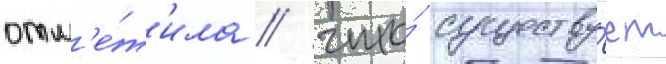
отм'е́т'ила / что́ существу́ет